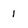
Character: 1